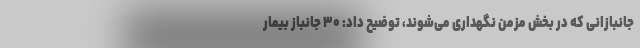
جانبازانی که در بخش مزمن نگهداری می‌شوند، توضیح داد: ۳۰ جانباز بیمار